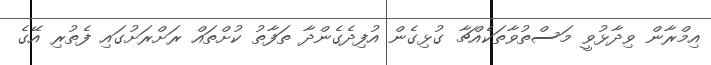
އިމްރާން ވިދާޅުވީ މަސްތުވާތަކެއްޗާ ގުޅިގެން އުފިދެގެންދާ ތަފާތު ކުށްތައް ރަށްރަށުގައި ފެތުރި އޭގެ